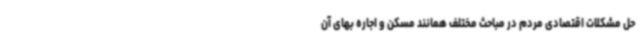
حل مشکلات اقتصادی مردم در مباحث مختلف همانند مسکن و اجاره بهای آن